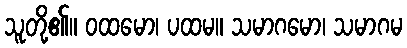
သူတို့၏။ ဝထမော၊ ပထမ။ သမာဂမော၊ သမာဂမ